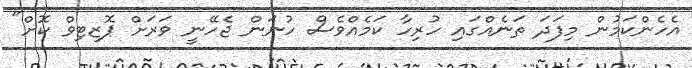
އެހެންކަމުން މިފަދަ ތަނެއްގައި ހުރިހާ ކަމެއްވެސް ހުނަން ޖެހޭނީ ވަރަށް ޕޮޒިޓިވް ކޮށް"